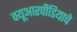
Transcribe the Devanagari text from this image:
क्यूआरपीडियाचे